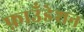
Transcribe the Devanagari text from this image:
फ़ाउँडेशन